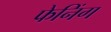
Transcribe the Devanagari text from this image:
फेनिंग